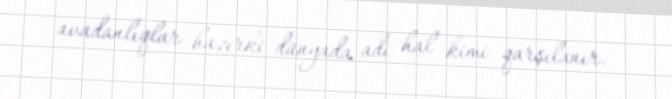
avadanlıqlar hazırki dünyada adi hal kimi qarşılanır.